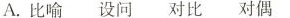
A.比喻设问对比对偶